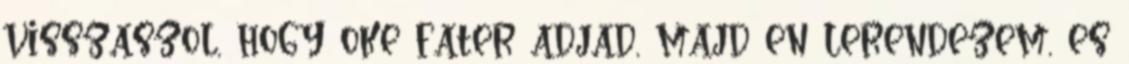
visszaszol, hogy oke fater adjad, majd en lerendezem, es